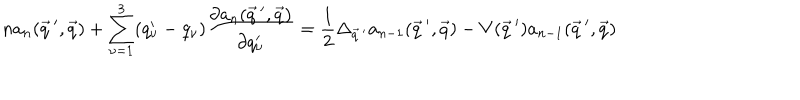
LaTeX: n a _ { n } ( \vec { q } \, ^ { \prime } , \vec { q } ) + \sum _ { \nu = 1 } ^ { 3 } ( q _ { \nu } ^ { \prime } - q _ { \nu } ) \frac { \partial a _ { n } ( \vec { q } \, ^ { \prime } , \vec { q } ) } { \partial q _ { \nu } ^ { \prime } } = \frac { 1 } { 2 } \Delta _ { \vec { q } \, ^ { \prime } } a _ { n - 1 } ( \vec { q } \, ^ { \prime } , \vec { q } ) - V ( \vec { q } \, ^ { \prime } ) a _ { n - 1 } ( \vec { q } \, ^ { \prime } , \vec { q } )